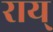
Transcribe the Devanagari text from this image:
राय्